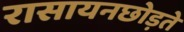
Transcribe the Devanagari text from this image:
रासायनछोड़ते